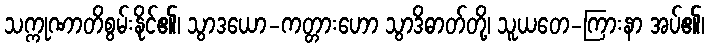
သက္ကုဏာတိစွမ်းနိုင်၏၊ သွာဒယော-ကတ္တားဟော သွာဒိဓာတ်တို့၊ သူယတေ-ကြားနာ အပ်၏၊